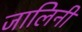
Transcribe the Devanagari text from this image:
जालिनी